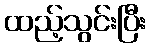
ထည့်သွင်းပြီး